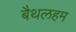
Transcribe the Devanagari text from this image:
बैथलहम